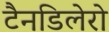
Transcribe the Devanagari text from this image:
टैनडिलेरो